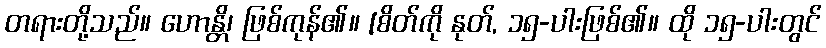
တရားတို့သည်။ ဟောန္တိ၊ ဖြစ်ကုန်၏။ [စိတ်ကို နုတ်, ၁၅-ပါးဖြစ်၏။ ထို ၁၅-ပါးတွင်